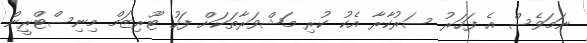
ނަމަވެސް އެ ފަހަރު ސަރުކާރާ އެކު ކުރި މަޝްވަރާތަކަށް ފަހު ޓޫރިޒަމް މިނިސްޓްރީން